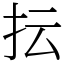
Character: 抎